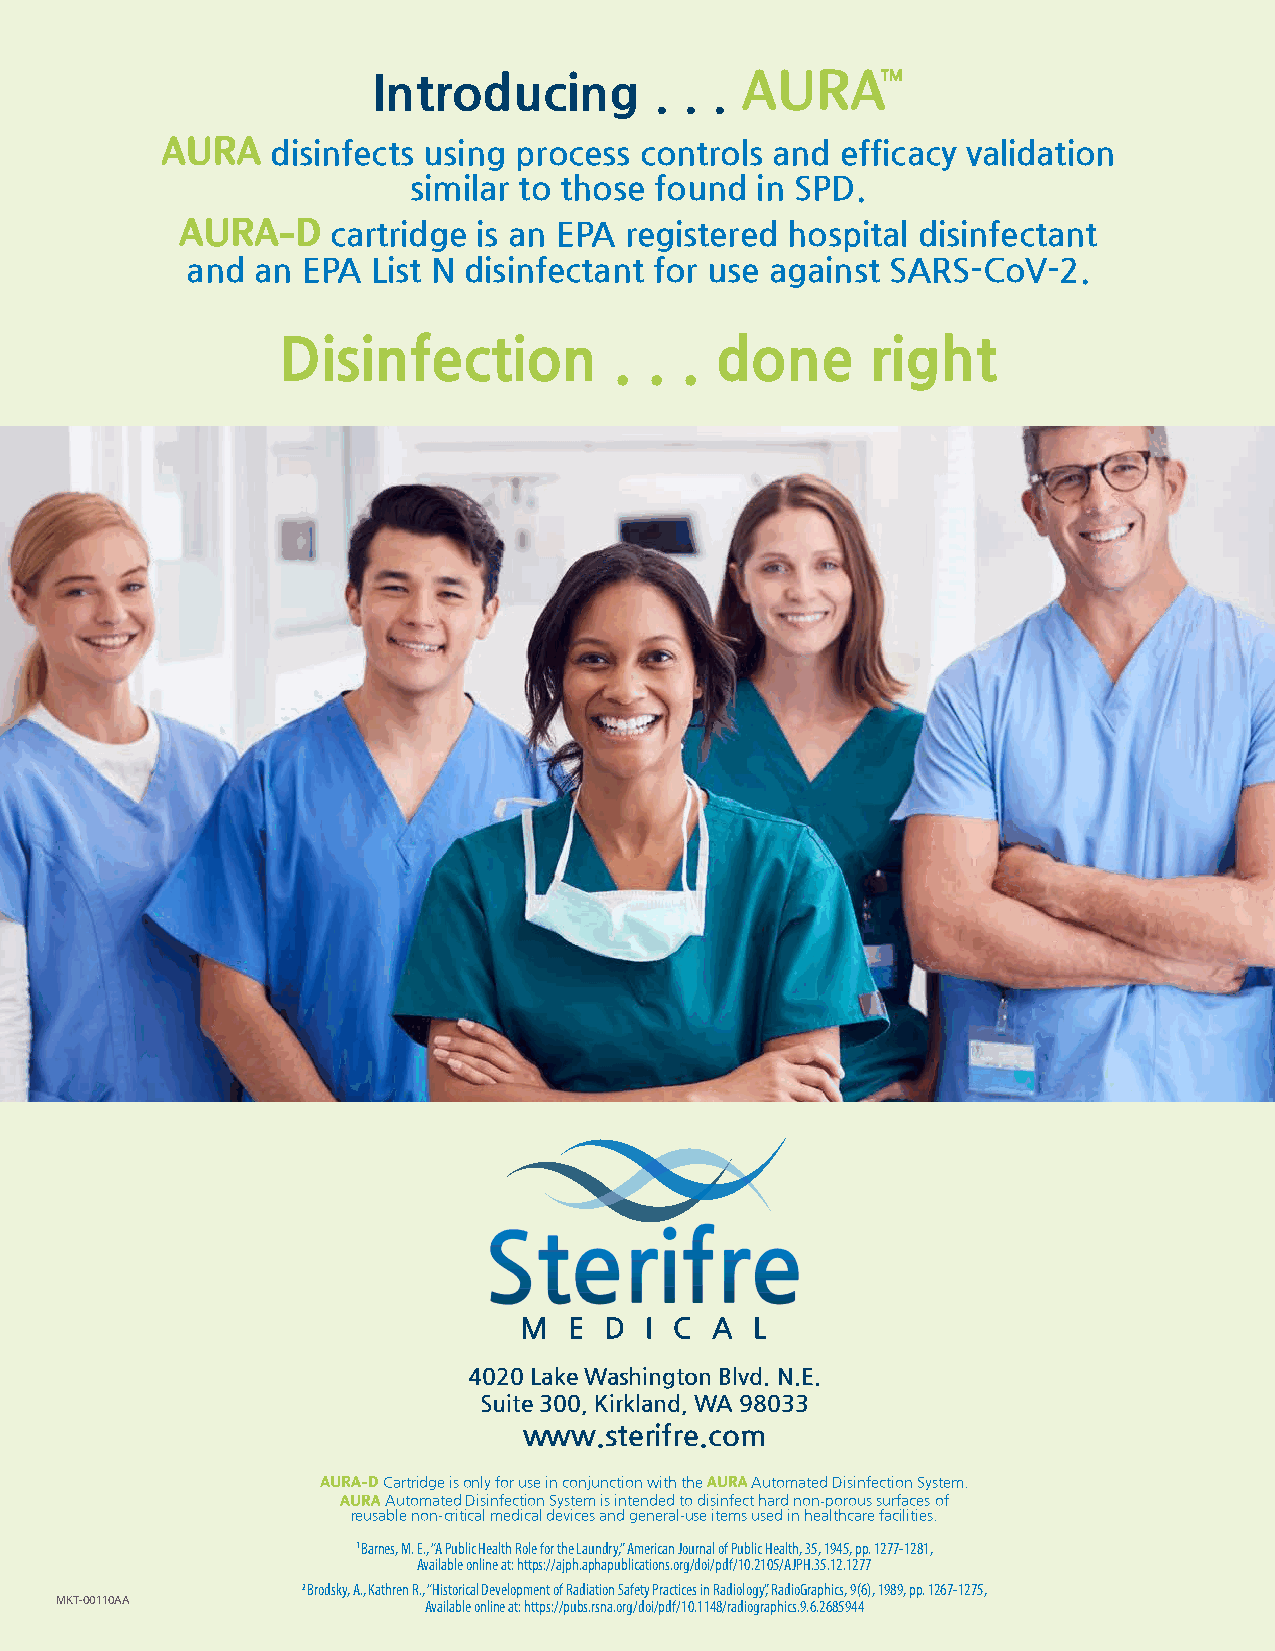
Introducing       . . . AAUURRAATTMM
 AAUURRAA disinfects using process controls and efficacy validation
 similar to those found in SPD.
 AAUURRAA--DD cartridge is an EPA registered hospital disinfectant
 and  an EPA  List N disinfectant for use against SARS-CoV-2.
 Disinfection           . . . done       right
 4020 Lake Washington Blvd. N.E.
 Suite 300, Kirkland, WA 98033
 www.sterifre.com
 AAUURRAA--DD Cartridge is only for use in conjunction with the AAUURRAA Automated Disinfection System.
 AAUURRAA Automated Disinfection System is intended to disinfect hard non-porous surfaces of
 reusable non-critical medical devices and general-use items used in healthcare facilities.
 1 Barnes, M. E., “A Public Health Role for the Laundry,” American Journal of Public Health, 35, 1945, pp. 1277-1281,
 Available online at: https://ajph.aphapublications.org/doi/pdf/10.2105/AJPH.35.12.1277
 2 Brodsky, A., Kathren R., “Historical Development of Radiation Safety Practices in Radiology,” RadioGraphics, 9(6), 1989, pp. 1267-1275,
 MKT-00110AA             Available online at: https://pubs.rsna.org/doi/pdf/10.1148/radiographics.9.6.2685944